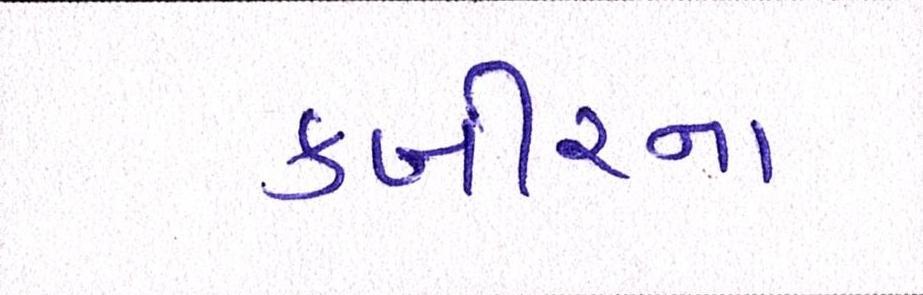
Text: કબીરના